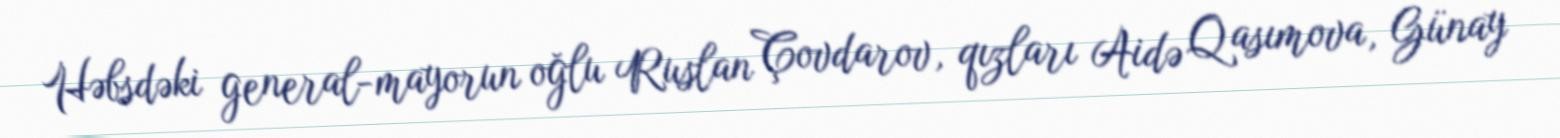
Həbsdəki general-mayorun oğlu Ruslan Çovdarov, qızları Aidə Qasımova, Günay